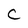
Character: C